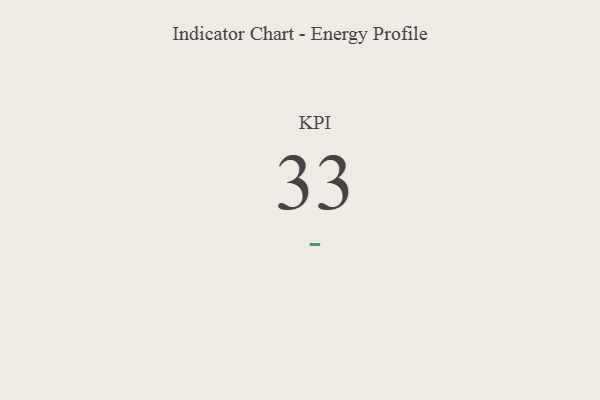
{"axis": {"x": "KPI", "y": "Value"}, "legend": [""], "data": [{"x": "KPI", "y": 33, "type": ""}]}